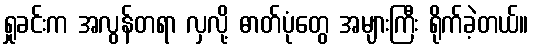
ရှုခင်းက အလွန်တရာ လှလို့ ဓာတ်ပုံတွေ အများကြီး ရိုက်ခဲ့တယ်။